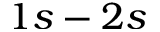
1 s - 2 s